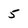
Character: 5